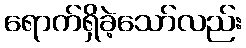
ရောက်ရှိခဲ့သော်လည်း